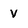
Character: V